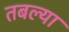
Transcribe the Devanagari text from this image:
तबल्या